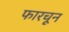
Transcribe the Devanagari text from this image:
फारचून